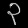
Digit: ၃